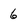
Character: 6